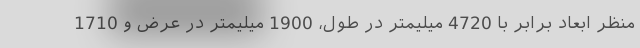
منظر ابعاد برابر با 4720 میلیمتر در طول، 1900 میلیمتر در عرض و 1710